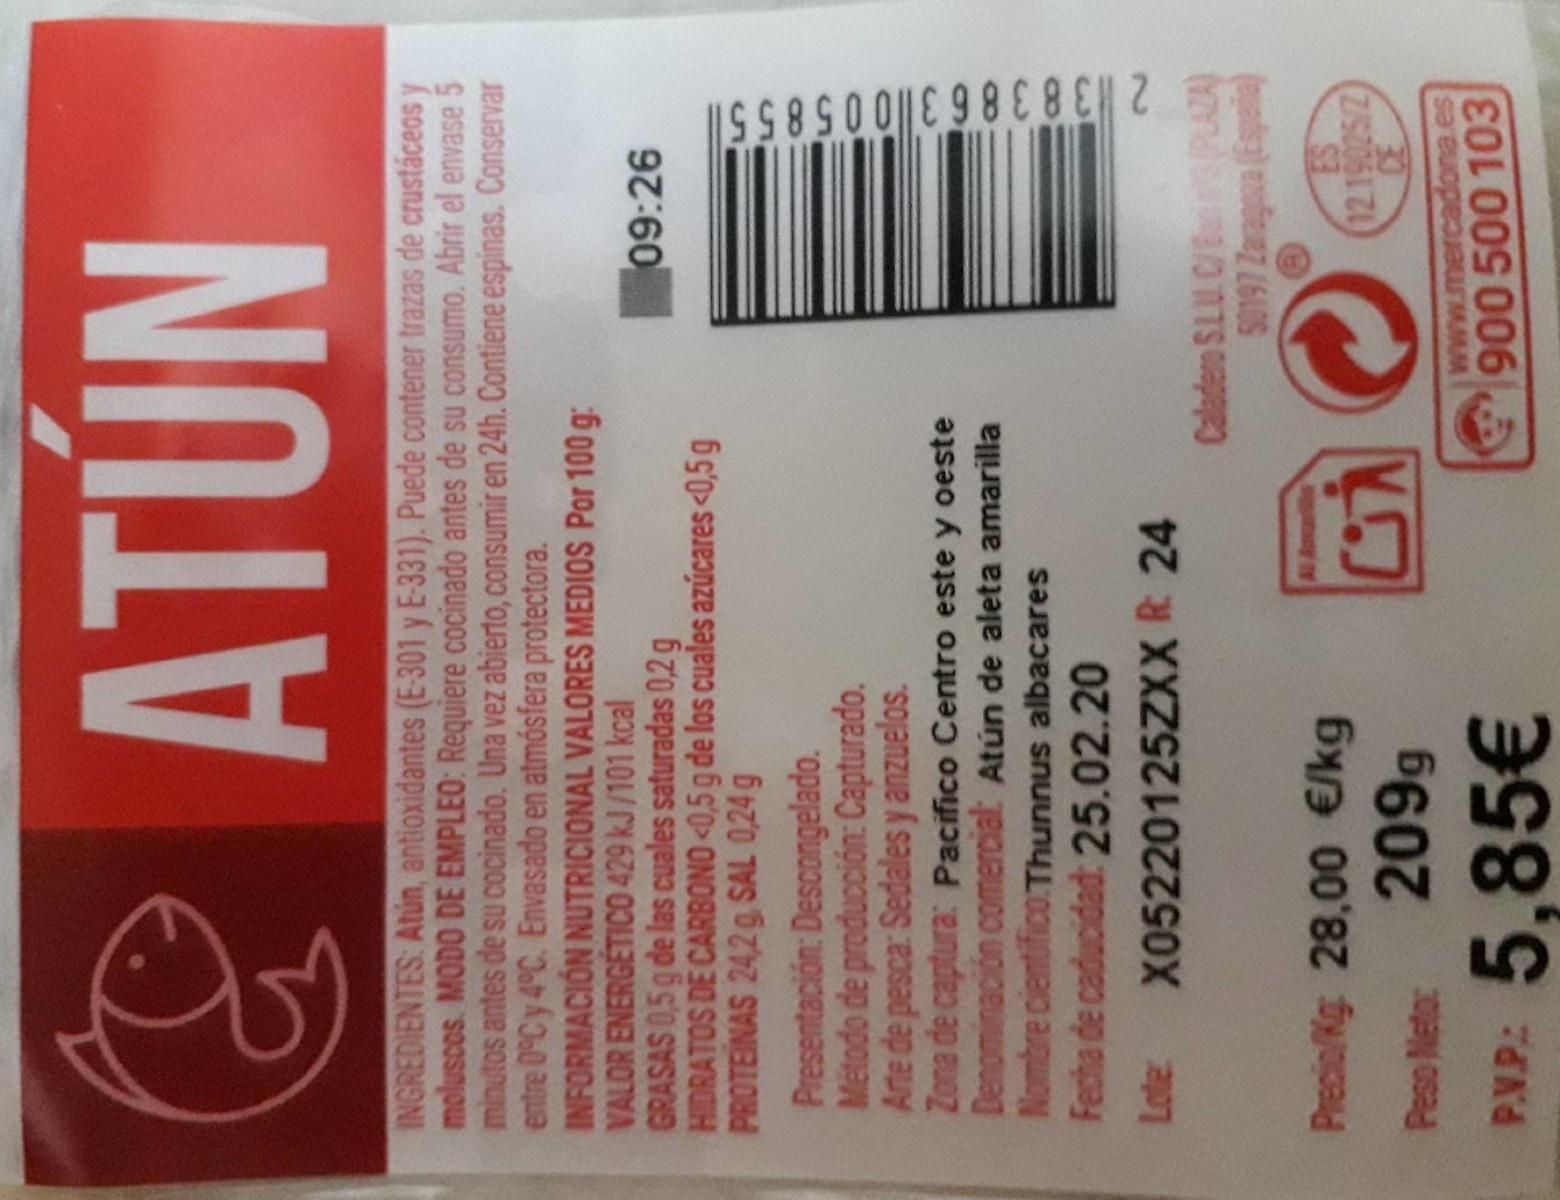
2 3838631005855 ATUN INGREDIENTES: Atún, antioxidantes (E-301 y E-331). Puede contener trazas de crustáceos y moluscos. MODO DE EMPLEO: Requiere cocinado antes de su consumo. Abrir el envase 5 minutos antes de su Cocinado. Una vez abierto, consumir en 24h. Contiene espinas. Conservar entre 0°C y 4°C. Envasado en atmósfera protectora. INFORMACIÓN NUTRICIONAL VALORES MEDIOS Por 100 g: VALOR ENERGÉTICO 429 kJ /101 kcal GRASAS 0,5 g de las cuales saturadas 0,2 g HIDRATOS DE CARBONO<0,5 g de los cuales azúcares <0,5 g PROTEINAS 24,2g SAL 0,24 g 09:26 Presentación: Descongelado. Método de producción: Capturado. Arte de pesca: Sedales y anzuelos. Zona de captura: Pacifico Centro este y oeste Denominación comercial: Atún de aleta amarilla Nombre cientificoThunnus albacares Fecha de caducidad: 25.02.20 X05220125ZXX R 24 Caladeno S.LU. C/u (12) (oade) enb Al A Precio/Kg: 28,00 €/kg 209g 12.19025/2) 30 www.mercadona.es 900 500 103 Peso Neto: P.VP: 5,85€